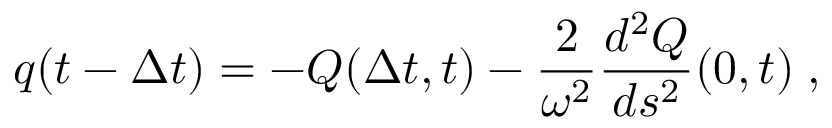
q ( t - { \Delta t } ) = - Q ( { \Delta t } , t ) - { \frac { 2 } { \omega ^ { 2 } } } { \frac { d ^ { 2 } Q } { d s ^ { 2 } } } ( 0 , t ) \; ,